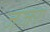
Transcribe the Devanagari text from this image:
जंजर